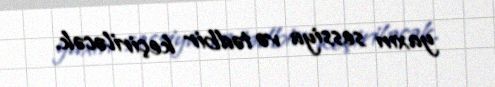
yaxın sessiya və tədbir keçiriləcək.